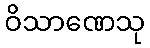
ဝိသာဏေသု